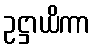
ဥဋ္ဌာယိကာ